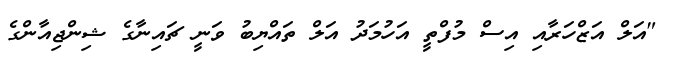
"އަލް އަޒްހަރާއި އިސް މުފްތީ އަހުމަދު އަލް ތައްޔިބު ވަނީ ޗައިނާގެ ޝިންޖިއާންގެ